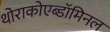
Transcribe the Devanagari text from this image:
थोराकोएब्डॉमिनल